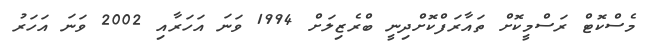
މެސްކޮޓް ރަސްމީކޮށް ތައާރަފްކޮށްދިނީ ބްރެޒިލަށް 1994 ވަނަ އަހަރާއި 2002 ވަނަ އަހަރު